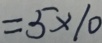
= 5 \times 1 0